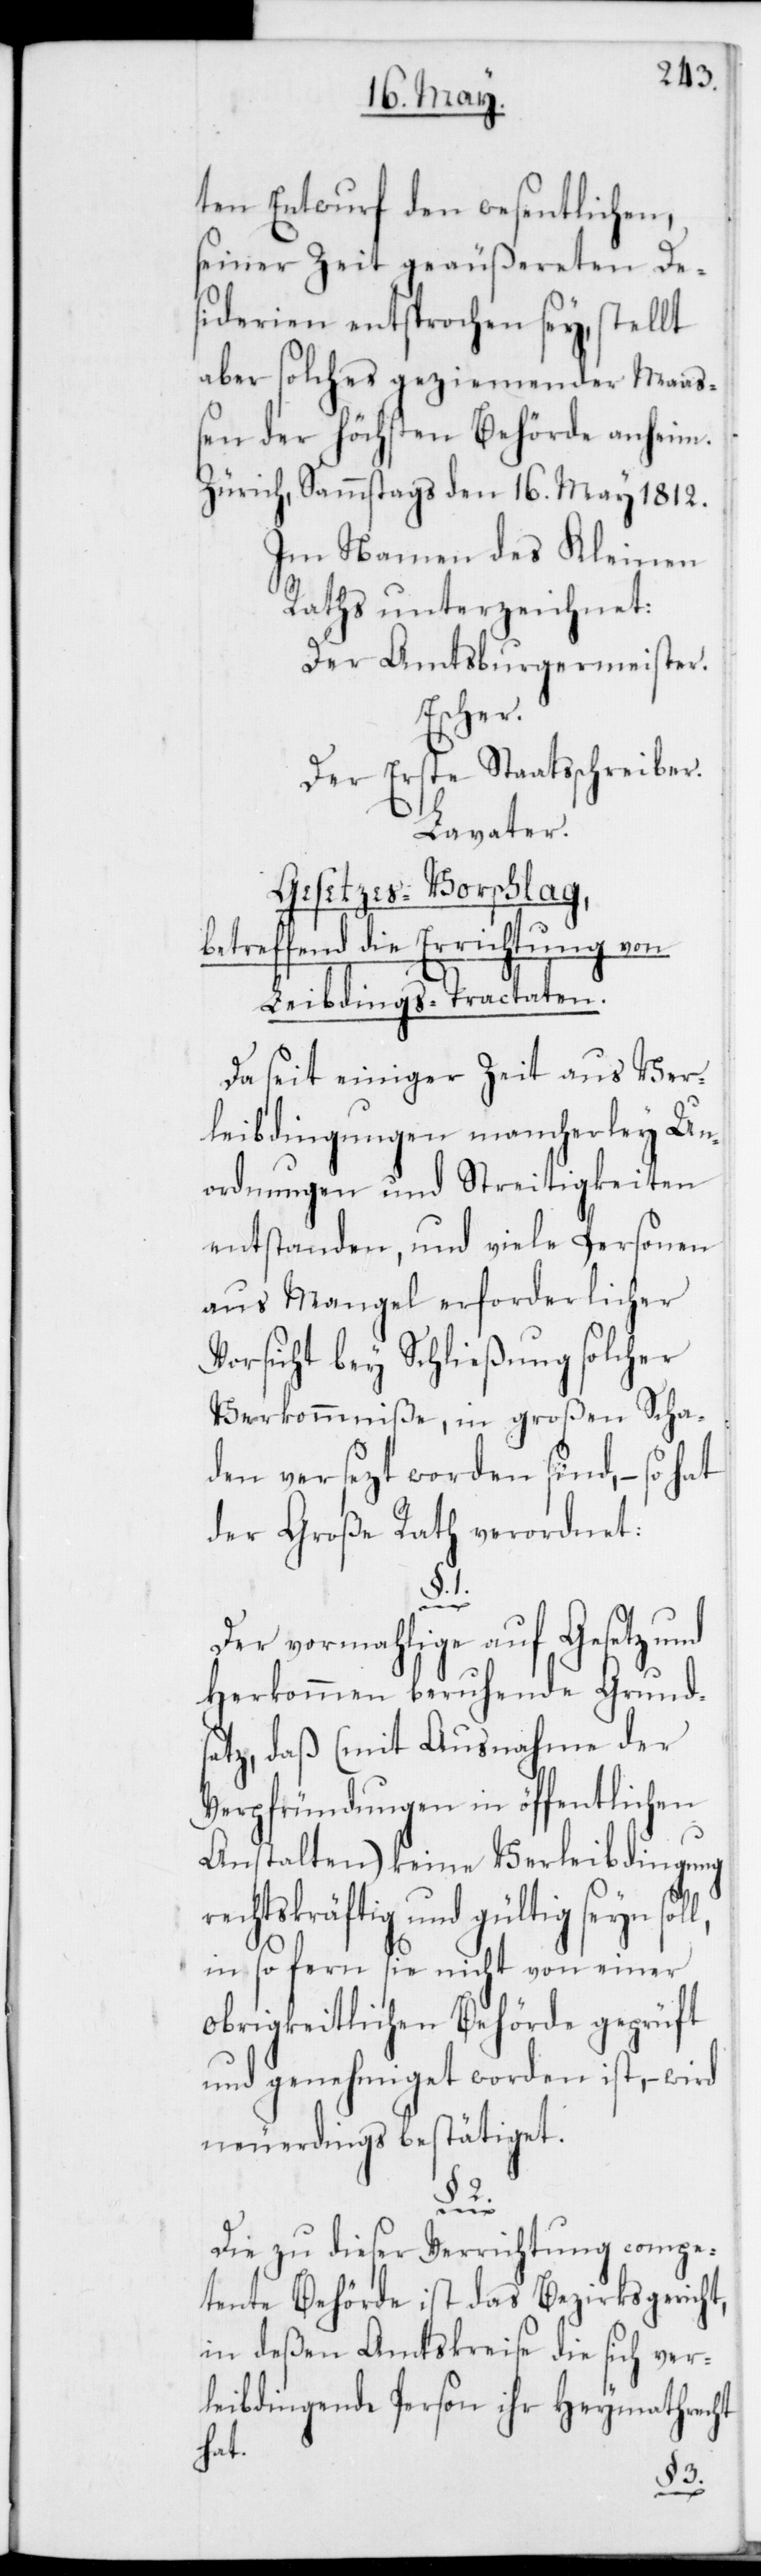
ten Entwurf den wesentlichen,
seiner Zeit geäußereten De¬
siderien entsprochen sey, stellt
aber solches geziemender Maaß¬
en der höchsten Behörde anheim.
Zürich, Sammstags den 16t. May 1812.
Im Namen des Kleinen
Raths unterzeichnet:
Der Amtsburgermeister.
Escher.
Der Erste Staatsschreiber.
Lavater.
Gesetzes-Vorschlag,
betreffend die Errichtung von
Leibdings-Tractaten.
Da seit einiger Zeit aus Ver¬
leibdingungen mancherley Un¬
ordnungen und Streitigkeiten
entstanden, und viele Personen
aus Mangel erforderlicher
Vorsicht bey Schließung solcher
Verkommniße, in großen Scha¬
den versetzt worden sind, – so hat
der Große Rath verordnet:
1.
Der vormahlige auf Gesetz und
Herkommen beruhende Grund¬
satz, daß (mit Ausnahme der
Verpfründungen in öffentlichen
Anstalten) keine Verleibdingung
htskräftig und gültig seyn
in so fern sie nicht von einer
Obrigkeitlichen Behörde geprüft
und genehmiget worden ist, – wird
neuerdings bestätiget.
rec¬
Die zu dieser Verrichtung compe¬
tente Behörde ist das Bezirksgericht,
in deßen Amtskreise die sich ver¬
leibdingende Person ihr Heymathrecht
hat.
§. 2.